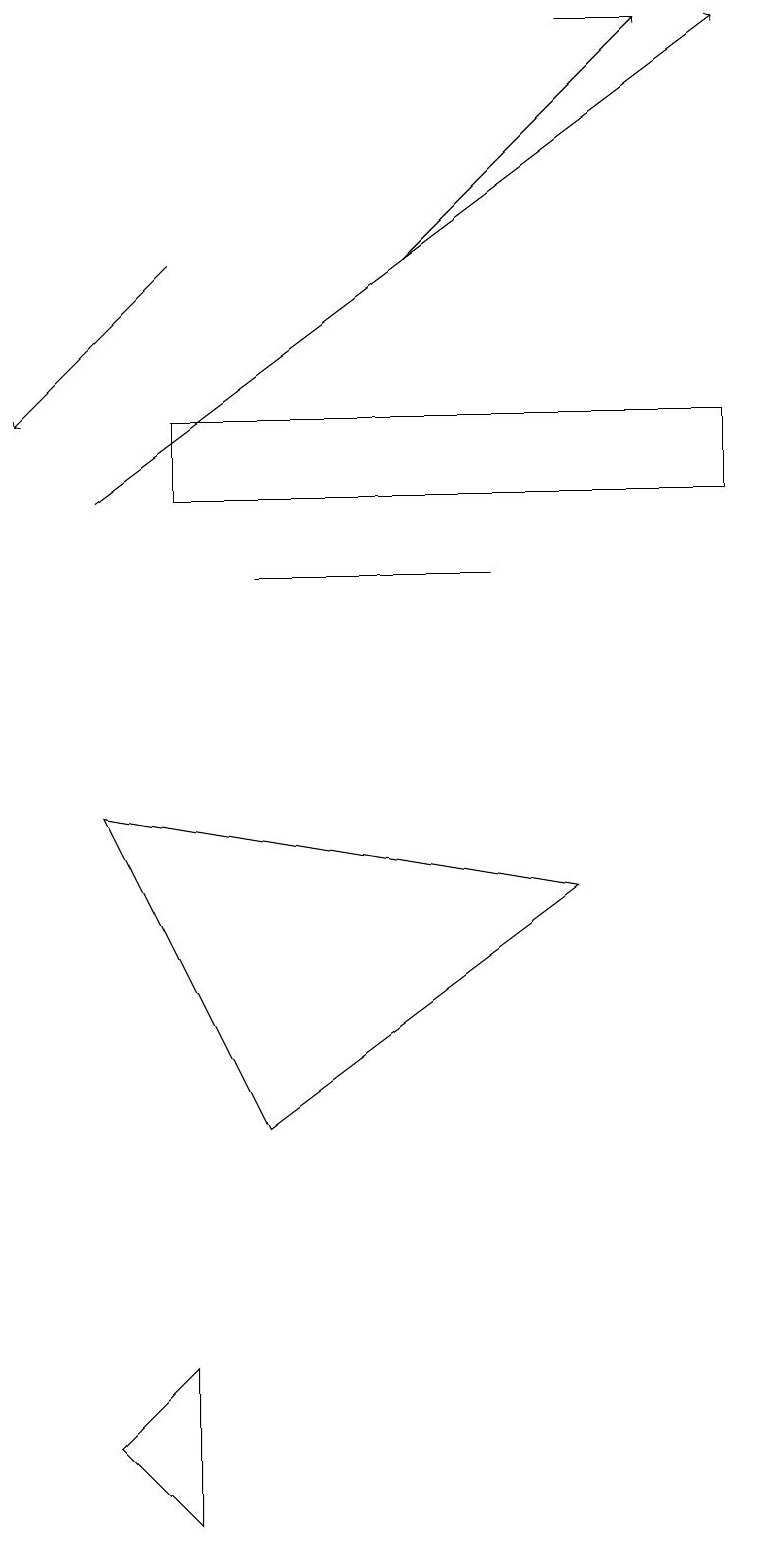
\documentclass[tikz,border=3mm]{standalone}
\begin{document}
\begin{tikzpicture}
\draw (3,5) -- (7,8) -- (1,9) -- cycle;
\draw[->] (2,16) -- (0,14);
\draw (9,14) rectangle (2,13);
\draw (1,1) -- (2,2) -- (2,0) -- cycle;
\draw (6,12) rectangle (3,12);
\draw[->] (1,13) -- (9,19);
\draw[->] (5,16) -- (8,19);
\draw (8,19) rectangle (7,19);
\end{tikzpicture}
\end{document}